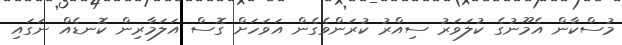
މުސްކާން އެމޫނުގެ ކުލަވަރު ސިއްރު ކުރަންވެގެން އަވަހަށް ގޮސް އަލަމާރިން ކޮނޑެއް ނަގައި